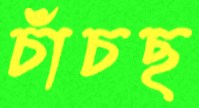
চাঁচছ